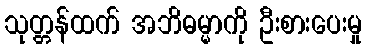
သုတ္တန်ထက် အဘိဓမ္မာကို ဦးစားပေးမှု